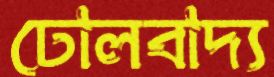
ঢোলবাদ্য